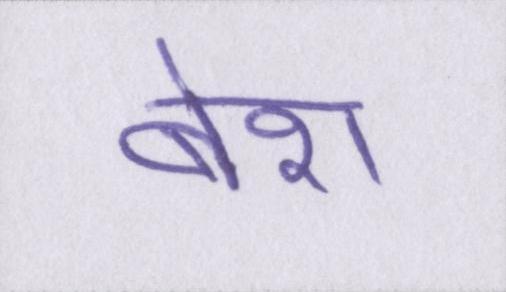
बेश